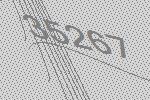
35267